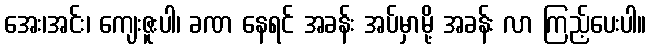
အေး၊အင်း၊ ကျေးဇူးပါ၊ ခဏ နေရင် အခန်း အပ်မှာမို့ အခန်း လာ ကြည့်ပေးပါ။